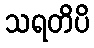
သရတိပိ